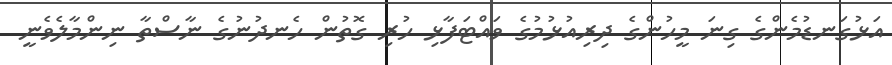
އަޅުގަނޑުމެންގެ ގިނަ މީހުންގެ ދިރިއުޅުމުގެ ވައްޓަފާޅި ހުރި ގޮތުން ހެނދުނުގެ ނާސްތާ ނިންމާލެވެނީ